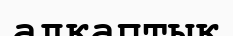
алқаптық